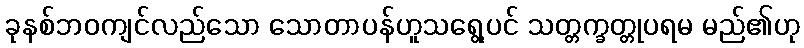
ခုနစ်ဘဝကျင်လည်သော သောတာပန်ဟူသရွေ့ပင် သတ္တက္ခတ္တုပရမ မည်၏ဟု